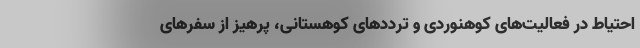
احتیاط در فعالیت‌های کوهنوردی و ترددهای کوهستانی، پرهیز از سفرهای